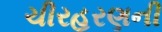
ચીરહરણની